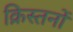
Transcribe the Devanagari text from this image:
क्रिस्तनों